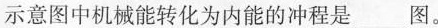
示意图中机械能转化为内能的冲程是___图。